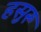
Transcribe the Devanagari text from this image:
हसुरू